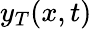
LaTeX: y_{T}(x,t)